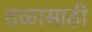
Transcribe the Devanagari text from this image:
तळासाठी